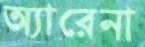
অ্যারেনা